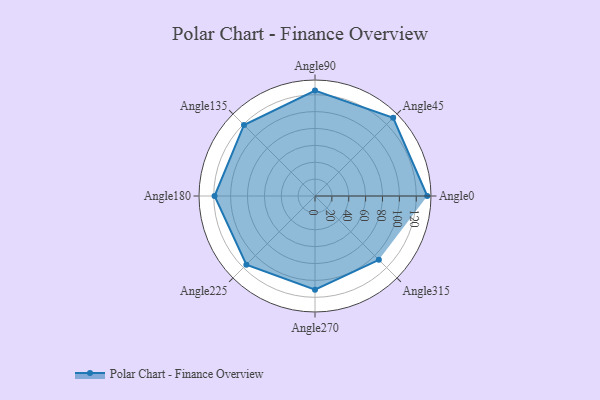
{"axis": {"x": "Angle", "y": "Radius"}, "legend": [""], "data": [{"x": "Angle0", "y": 133.0, "type": ""}, {"x": "Angle45", "y": 131.0, "type": ""}, {"x": "Angle90", "y": 125.0, "type": ""}, {"x": "Angle135", "y": 119.0, "type": ""}, {"x": "Angle180", "y": 119.0, "type": ""}, {"x": "Angle225", "y": 115.0, "type": ""}, {"x": "Angle270", "y": 111.0, "type": ""}, {"x": "Angle315", "y": 107.0, "type": ""}]}